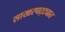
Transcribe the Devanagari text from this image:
साखरपट्ट्यात